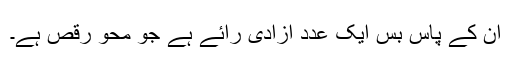
ان کے پاس بس ایک عدد آزادی رائے ہے جو محو رقص ہے۔